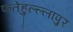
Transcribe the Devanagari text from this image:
फतेहुल्ल्लापुर